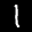
Label: 1